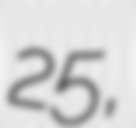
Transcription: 25,